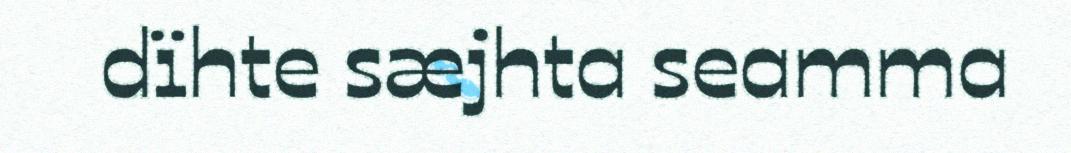
dïhte sæjhta seamma